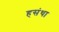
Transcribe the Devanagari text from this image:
हसंथा